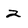
Character: 2